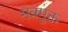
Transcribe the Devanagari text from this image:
मंत्रमुक्त